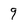
Character: 9